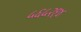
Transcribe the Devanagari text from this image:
५६५२१४